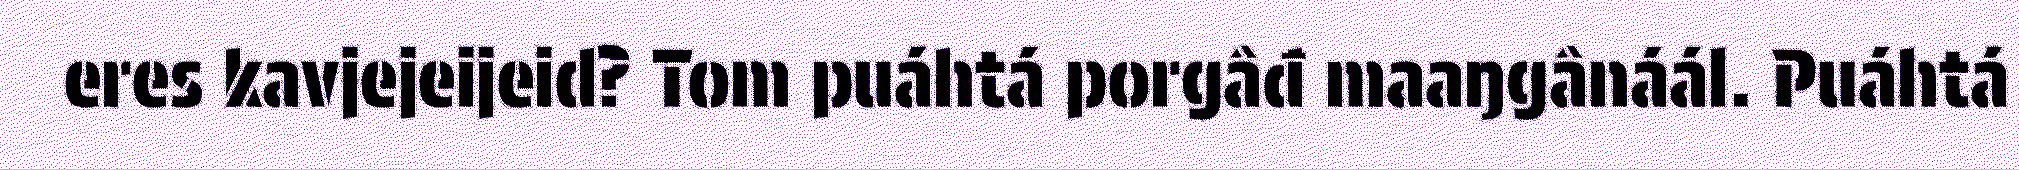
eres kavjejeijeid? Tom puáhtá porgâđ maaŋgânáál. Puáhtá